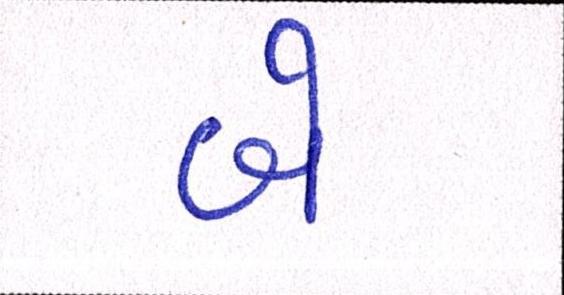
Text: બે